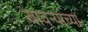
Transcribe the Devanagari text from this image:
बावऱ्याच्या